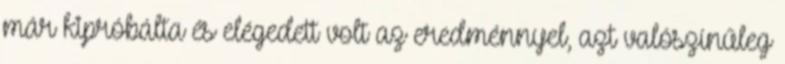
már kipróbálta és elégedett volt az eredménnyel, azt valószínűleg